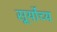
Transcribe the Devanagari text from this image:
सूर्योच्य